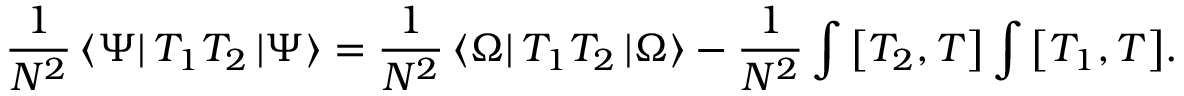
{ \frac { 1 } { N ^ { 2 } } } \left< \Psi \right| { T _ { 1 } } { T _ { 2 } } \left| \Psi \right> = { \frac { 1 } { N ^ { 2 } } } \left< \Omega \right| { T _ { 1 } } { T _ { 2 } } \left| \Omega \right> - { \frac { 1 } { N ^ { 2 } } } \int { \left[ T _ { 2 } , T \right] } \int { \left[ T _ { 1 } , T \right] } .